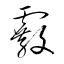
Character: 霰